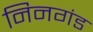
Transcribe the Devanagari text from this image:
निनगंड